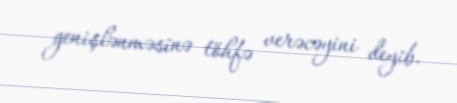
genişlənməsinə töhfə verəcəyini deyib.